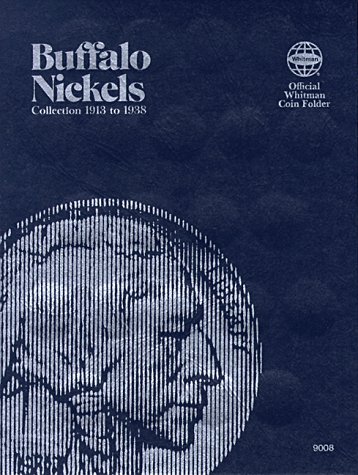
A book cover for Buffalo Nickels Folder 1913-1938 (Official Whitman Coin Folder); Whitman; Crafts, Hobbies & Home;